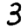
Digit: 3